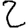
Digit: 2